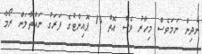
ނުދިން ނަމަވެސް މިހާރު ވެސް އޮތް 14 ޕޮއިންޓުގެ ފަރަގު ނައްތާލަން ރޯމާ